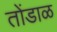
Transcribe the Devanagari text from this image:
तोंडाळ